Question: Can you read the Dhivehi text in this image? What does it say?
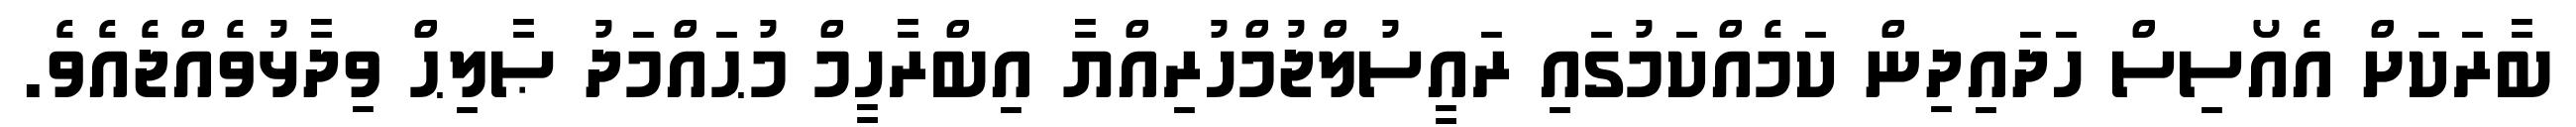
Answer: ބާރަކަށް އެއޯސިސް ހަދައިދިން ކަމެއްކަމުގައި ރައީސުލްޖުމްހުރިއްޔާ އިބްރާހީމް މުޙައްމަދު ޞާލިޙް ވިދާޅުވެއްޖެއެވެ.